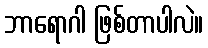
ဘာရောဂါ ဖြစ်တာပါလဲ။